Report on vaccination North-West Frontier Province 1904-1922 - 1904-1922
Year: 1904
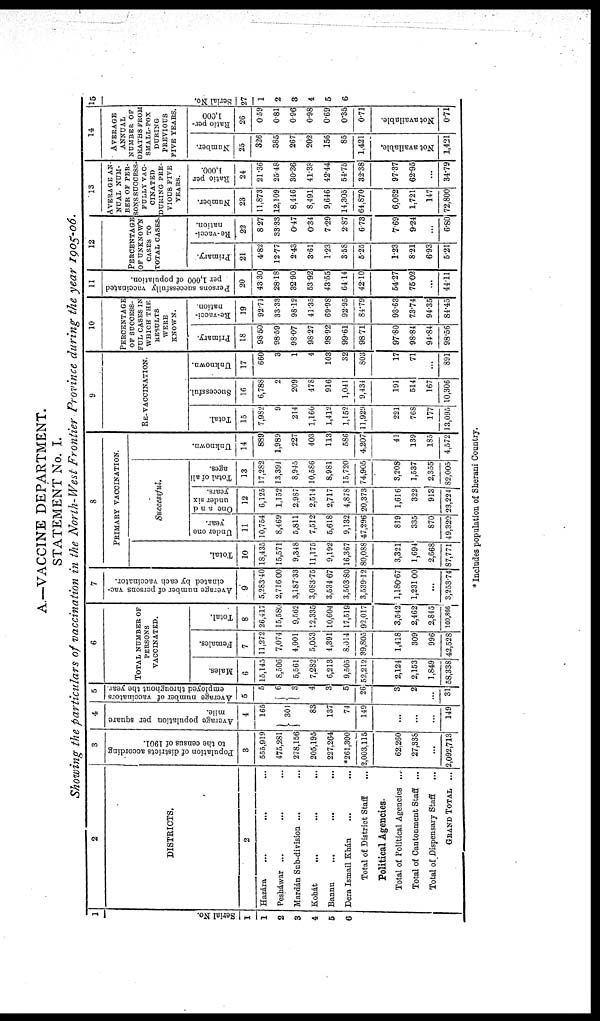
A.—VACCINE DEPARTMENT.
STATEMENT No. I.
Showing the particulars of vaccination in the North-West Frontier Province during the year 1905-06.
1
Serial No.
1
1
2
3
4
5
6
2
DISTRICTS.
2
Hazára ... ... ...
Pesháwar ...
...
...
Mardán Sub-division ... ...
Kohát ... ... ...
Bannu
... ... ...
Sera Ismail Khán ... ...
Total of District Staff ...
Political Agencies.
Total of Political Agencies ....
Total of Cantonment Staff ...
Total of Dispensary Staff ...
GRAND TOTAL ...
3
Population of districts according
to the census of 1901.
3
555,919
475,281
278,156
205,195
227,264
*261,300
2,003,115
62,260
27,338
...
2,092,713
4
Average population per square
mile.
4
165
301
83
137
74
149
...
...
...
149
5
Average number of vaccinators
employed throughout the year.
5
5
6
3
4
3
5
26
3
2
...
31
6
TOTAL NUMBER OF
PERSONS
VACCINATED.
Males.
6
15,145
8,506
5,561
7,282
6,213
9,505
52,212
2,124
2,153
1,849
58,338
Females.
7
11,272
7,074
4,001
5,053
4,391
8,014
39,805
1,418
309
996
42,528
Total.
8
26,417
15,580
9,562
12,335
10,604
17,519
92,017
3,542
2,462
2,845
100,866
7
Average number of persons vac-
cinated by each vaccinator.
9
5,283.40
2,716.00
3,187.33
3,083.75
3,534.67
3,503.80
3,539.12
1,180.67
1,231.00
...
3,253.74
8
PRIMARY VACCINATION.
Total.
10
18,435
15,571
9,348
11,175
9,192
16,367
80,088
3,321
1,694
2,668
87,771
Successful.
Under one
year.
11
10,754
8,469
5,811
7,512
5,618
9,132
47,296
819
335
870
49,320
One and
under six
years.
12
6,125
1,152
2,987
2,514
2,717
4,878
20,373
1,616
322
913
23,224
Total of all
ages.
13
17,282
13,391
8,945
10,586
8,981
15,720
74,905
3,208
1,537
2,355
82,005
Unknown.
14
889
1,989
227
403
113
586
4,207
41
139
185
4,572
9
RE-VACCINATION.
Total.
15
7,932
9
214
1,160
1,412
1,152
11,929
221
768
177
13,095
Successful.
16
6,788
2
209
478
916
1,041
9,434
191
514
167
10,306
Unknown.
17
660
3
1
4
103
32
803
17
71
...
891
10
PERCENTAGE
OF SUCCESS-
FUL CASES IN
WHICH THE
RESULTS
WERE
KNOWN.
Primary.
18
98.50
98.59
98.07
98.27
98.92
99.61
98.71
97.80
98.84
94.84
98.56
Re-vacci-
nation.
19
92.71
33.33
98.12
41.35
69.98
92.95
84.79
93.63
73.74
94.35
84.45
11
Persons successfully vaccinated
per 1,000 of population.
20
43.30
28.18
32.90
53.92
43.55
64.14
42.10
54.27
75.02
...
44.11
12
PERCENTAGE
OF UNKNOWN
CASES TO
TOTAL CASES.
Primary.
21
4.82
12.77
2.43
3.61
1.23
3.58
5.25
1.23
8.21
6.93
5.21
Re-vacci-
nation.
22
8.27
33.33
0.47
0.34
7.29
2.87
6.73
7.69
9.24
...
6.80
13
AVERAGE AN-
NUAL NUM-
BER OF PER-
SONS SUCCESS-
FULLY VAC-
CINATED
DURING PRE-
VIOUS FIVE
YEARS.
Number.
23
11,873
12,109
8,446
8,491
9,646
14,305
64,870
6,062
1,721
147
72,800
Ratio per
1,000.
24
21.36
25.48
30.36
41.38
42.44
54.75
32.38
97.37
62.95
...
34.79
14
AVERAGE
ANNUAL
NUMBER OF
DEATHS FROM
SMALL-POX
DURING
PREVIOUS
FIVE YEARS.
Number.
25
326
385
267
202
156
85
1,421
Not available.
1,421
Ratio per-
1,000
26
0.59
0.81
0.96
0.98
0.69
0.35
0.71
Not available.
0.71
15
Serial No.
27
1
2
3
4
5
6
* Includes population of Sherani Country.